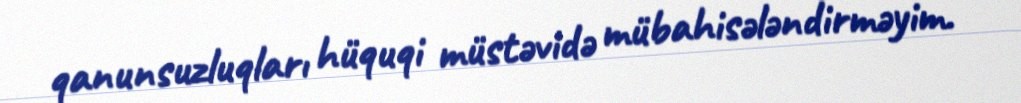
qanunsuzluqları hüquqi müstəvidə mübahisələndirməyim.